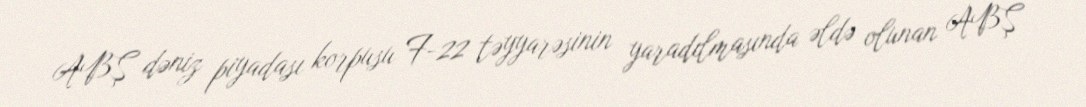
ABŞ dəniz piyadası korpusu F-22 təyyarəsinin yaradılmasında əldə olunan ABŞ